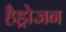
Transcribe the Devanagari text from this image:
हैड्रोजन